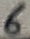
Text: 6